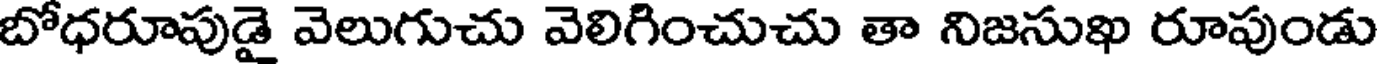
బోధరూపుడై వెలుగుచు వెలిగించుచు తా నిజసుఖ రూపుండు